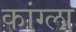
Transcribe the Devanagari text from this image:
कांग्ला